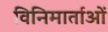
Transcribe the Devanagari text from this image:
विनिमार्ताओं